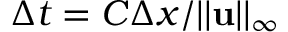
\Delta t = C \Delta x / | | { \mathbf { u } } | | _ { \infty }